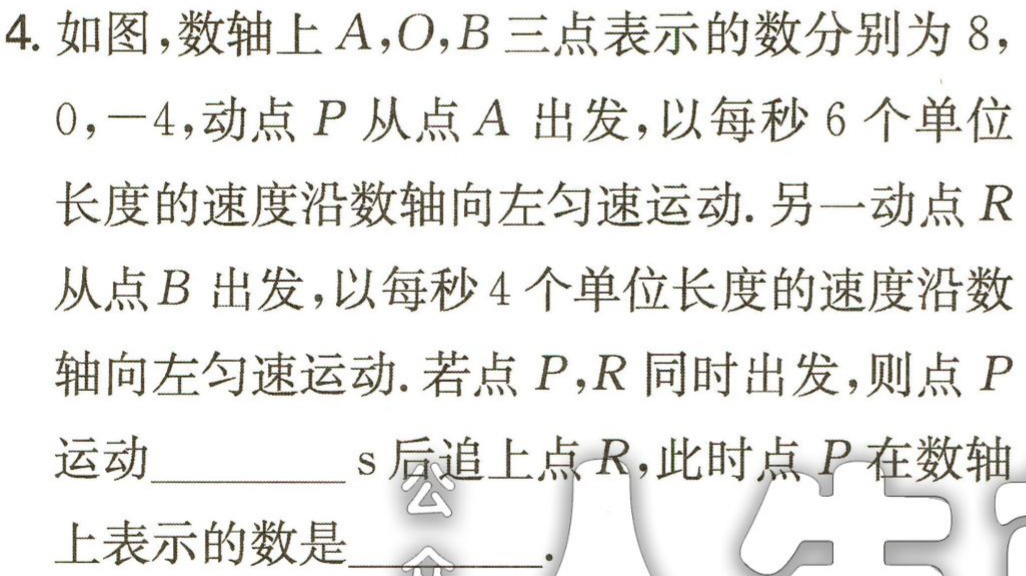
4. 如图，数轴上\(A,O,B\)三点表示的数分别为\(8\)，\(0\)，\(-4\)，动点\(P\)从点\(A\)出发，以每秒\(6\)个单位长度的速度沿数轴向左匀速运动. 另一动点\(R\)从点\(B\)出发，以每秒\(4\)个单位长度的速度沿数轴向左匀速运动. 若点\(P,R\)同时出发，则点\(P\)运动__________\(s\)后追上点\(R\)，此时点\(P\)在数轴上表示的数是__________.